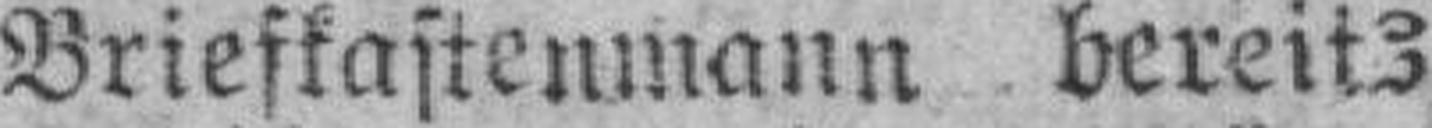
Briefkastenmann bereits